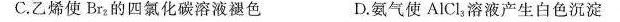
C.乙烯使Br_{2}的四氯化碳溶液褪色 D.氨气使AlCl_{3}，溶液产生白色沉淀